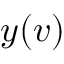
y ( v )